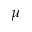
\mu